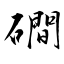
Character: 磵